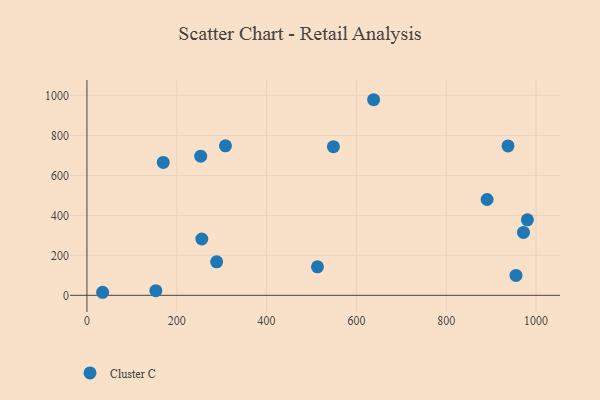
{"axis": {"x": "Investment", "y": "Rating"}, "legend": ["Cluster C"], "data": [{"x": "980.7", "y": 377.4, "type": "Cluster C"}, {"x": "255.8", "y": 281.6, "type": "Cluster C"}, {"x": "937.6", "y": 746.9, "type": "Cluster C"}, {"x": "972.0", "y": 314.5, "type": "Cluster C"}, {"x": "638.3", "y": 978.1, "type": "Cluster C"}, {"x": "253.3", "y": 696.0, "type": "Cluster C"}, {"x": "288.8", "y": 167.3, "type": "Cluster C"}, {"x": "955.3", "y": 99.5, "type": "Cluster C"}, {"x": "548.8", "y": 743.3, "type": "Cluster C"}, {"x": "153.4", "y": 23.3, "type": "Cluster C"}, {"x": "891.0", "y": 479.1, "type": "Cluster C"}, {"x": "513.3", "y": 142.5, "type": "Cluster C"}, {"x": "34.9", "y": 15.2, "type": "Cluster C"}, {"x": "308.4", "y": 747.7, "type": "Cluster C"}, {"x": "169.9", "y": 664.8, "type": "Cluster C"}]}